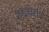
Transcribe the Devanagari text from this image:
जटाधराः।